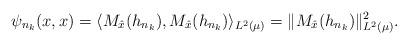
LaTeX: \begin{align*}\psi_{n_k}(x,x) = \langle M_{\hat{x} }(h_{n_k}), M_{\hat{x}}(h_{n_k}) \rangle_{L^2(\mu)} = \|M_{\hat{x} }(h_{n_k})\|^2_{L^2(\mu)}.\end{align*}